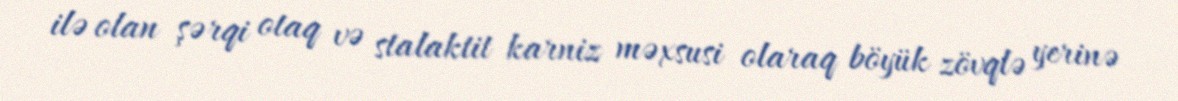
ilə olan şərqi otaq və stalaktit karniz məxsusi olaraq böyük zövqlə yerinə